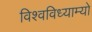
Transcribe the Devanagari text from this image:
विश्वविध्याम्यो